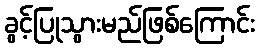
ခွင့်ပြုသွားမည်ဖြစ်ကြောင်း